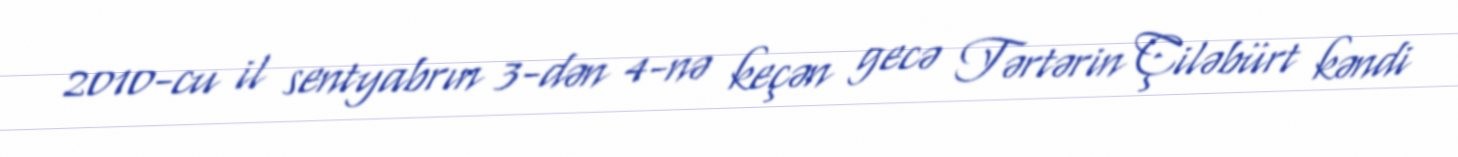
2010-cu il sentyabrın 3-dən 4-nə keçən gecə Tərtərin Çiləbürt kəndi